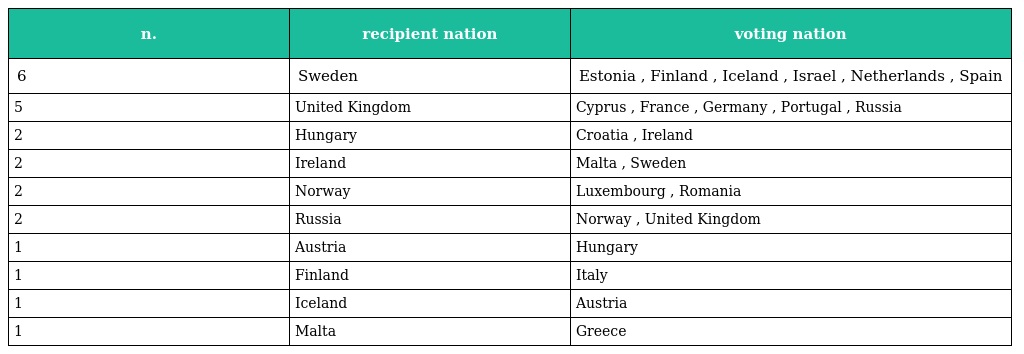
| n. | recipient nation | voting nation |
 | --- | --- | --- |
 | 6 | Sweden | Estonia , Finland , Iceland , Israel , Netherlands , Spain |
 | 5 | United Kingdom | Cyprus , France , Germany , Portugal , Russia |
 | 2 | Hungary | Croatia , Ireland |
 | 2 | Ireland | Malta , Sweden |
 | 2 | Norway | Luxembourg , Romania |
 | 2 | Russia | Norway , United Kingdom |
 | 1 | Austria | Hungary |
 | 1 | Finland | Italy |
 | 1 | Iceland | Austria |
 | 1 | Malta | Greece |